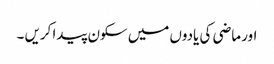
اور ماضی کی یادوں میں سکون پیدا کریں ۔